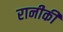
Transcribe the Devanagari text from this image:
रानीकी